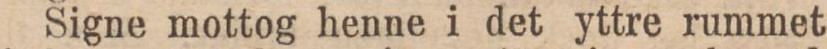
Signe mottog henne i det yttre rummet